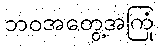
ဘဝအတွေ့အကြုံ